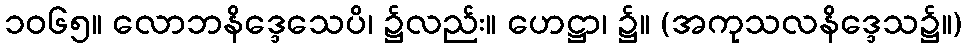
၁၀၆၅။ လောဘနိဒ္ဒေသေပိ၊ ၌လည်း။ ဟေဋ္ဌာ၊ ၌။ (အကုသလနိဒ္ဒေသ၌။)